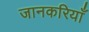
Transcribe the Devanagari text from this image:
जानकरियाँ